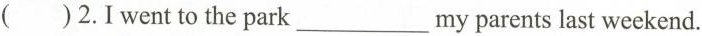
( )2. I went to the park ___ my parents last weekend.